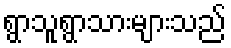
ရွာသူရွာသားများသည်